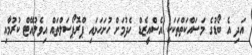
އަދި އެ ބޯޑުގެ މަސައްކަތްތަކަކީ އެސްއީޒެޑް ހެދުމަށް ހުށަހަޅައި ޕްރޮޕޯސަލްތައް އިވެލުއޭޓް ކުރުމާއި